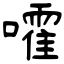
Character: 嚯